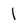
Character: 1